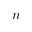
n